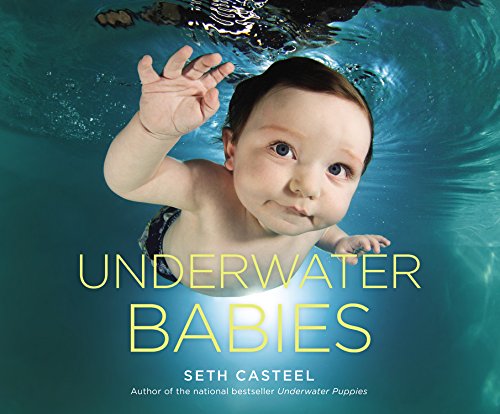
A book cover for Underwater Babies; Seth Casteel; Arts & Photography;